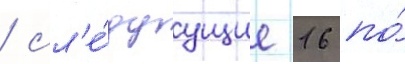
/ сл'е́дуущие 16 по́